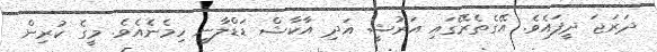
ދަރަޖަ ދީފައެވެ. އޭގެތެރޭގައި އަރުޝީ އަދި އާކާޝް ޑަޑްލާނީ ހިމެނެއެވެ. މީގެ ކުރިން